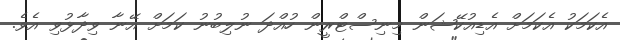
އެކަމަކު އެކަމަށް އެޑިއުކޭޝަން މިނިސްޓްރީން ހުއްދަ ނުލިބުނު ކަމަށް އޭނާ ވިދާޅުވި އެވެ.